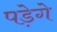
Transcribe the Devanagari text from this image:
पडे़गे